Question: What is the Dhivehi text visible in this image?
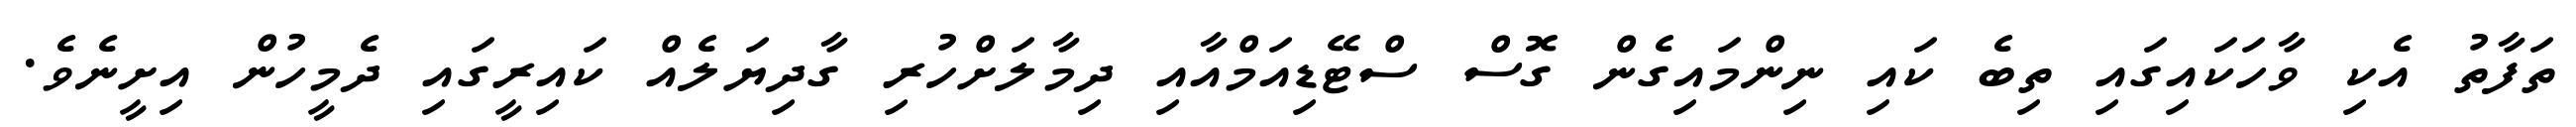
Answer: ތަފާތު އެކި ވާހަކައިގައި ތިބެ ކައި ނިންމައިގެން ގޮސް ސްޓޭޑިއަމްއާއި ދިމާލަށްހުރި ގާދިޔަލެއް ކައިރީގައި ދެމީހުން އިށީނެވެ.